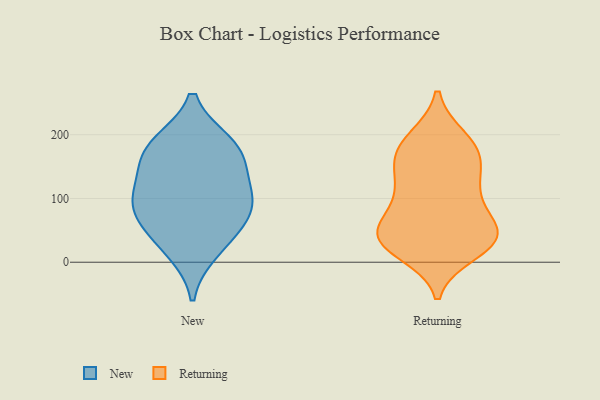
{"axis": {"x": "Market Share (%)", "y": "Value"}, "legend": ["New", "Returning"], "data": [{"x": "", "y": 69, "type": "New"}, {"x": "", "y": 97, "type": "New"}, {"x": "", "y": 18, "type": "New"}, {"x": "", "y": 97, "type": "New"}, {"x": "", "y": 186, "type": "New"}, {"x": "", "y": 185, "type": "New"}, {"x": "", "y": 165, "type": "New"}, {"x": "", "y": 146, "type": "New"}, {"x": "", "y": 99, "type": "New"}, {"x": "", "y": 45, "type": "New"}, {"x": "", "y": 37, "type": "Returning"}, {"x": "", "y": 112, "type": "Returning"}, {"x": "", "y": 171, "type": "Returning"}, {"x": "", "y": 41, "type": "Returning"}, {"x": "", "y": 165, "type": "Returning"}, {"x": "", "y": 118, "type": "Returning"}, {"x": "", "y": 194, "type": "Returning"}, {"x": "", "y": 46, "type": "Returning"}, {"x": "", "y": 40, "type": "Returning"}, {"x": "", "y": 30, "type": "Returning"}, {"x": "", "y": 64, "type": "Returning"}, {"x": "", "y": 84, "type": "Returning"}, {"x": "", "y": 169, "type": "Returning"}, {"x": "", "y": 194, "type": "Returning"}, {"x": "", "y": 40, "type": "Returning"}, {"x": "", "y": 31, "type": "Returning"}, {"x": "", "y": 152, "type": "Returning"}, {"x": "", "y": 16, "type": "Returning"}, {"x": "", "y": 114, "type": "Returning"}]}